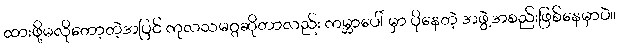
ထားဖို့မလိုတော့တဲ့အပြင် ကုလသမဂ္ဂဆိုတာလည်း ကမ္ဘာပေါ် မှာ ပိုနေတဲ့ အဖွဲ့အစည်းဖြစ်နေမှာပဲ။